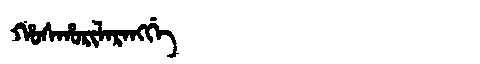
Manchu: ᡥᠣᠰᡥᠣᡵᡳᠯᠠᡵᠠᠩᡤᡝ
Romanization: HOSHORILARANGGE